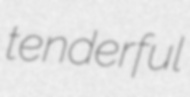
tenderful